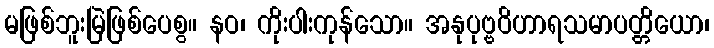
မဖြစ်ဘူးမြဲဖြစ်ပေစွ။ နဝ၊ ကိုးပါးကုန်သော။ အနုပုဗ္ဗဝိဟာရသမာပတ္တိယော၊